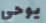
يوحي